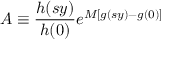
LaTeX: A \equiv { \frac { h ( s y ) } { h ( 0 ) } } e ^ { M \left[ g ( s y ) - g ( 0 ) \right] }